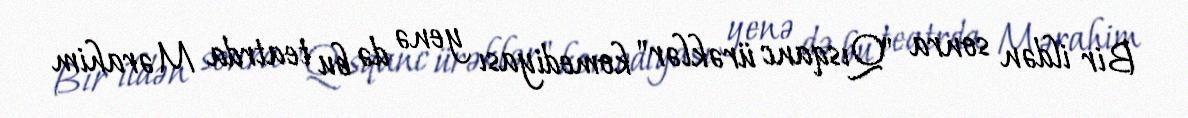
Bir ildən sonra "Qısqanc ürəklər" komediyası yenə də bu teatrda Mərahim